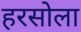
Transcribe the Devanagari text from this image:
हरसोला